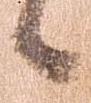
候